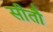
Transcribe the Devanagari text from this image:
सीतौ